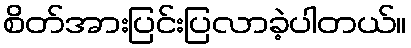
စိတ်အားပြင်းပြလာခဲ့ပါတယ်။